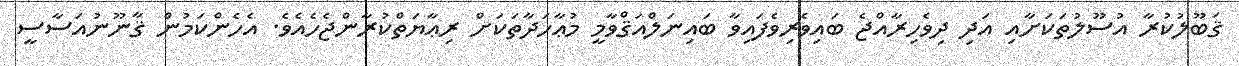
ޤަބޫލުކުރާ އުސޫލުތަކަށާއި އަދި ދިވެހިރާއްޖެ ބައިވެރިވެފައިވާ ބައިނަލްއަޤްވާމީ މުޢާހަދާތަކަށް ރިޢާޔަތްކުރާންޖެހެއެވެ. އެހެންކަމުން ޤާނޫނުއަސާސީ